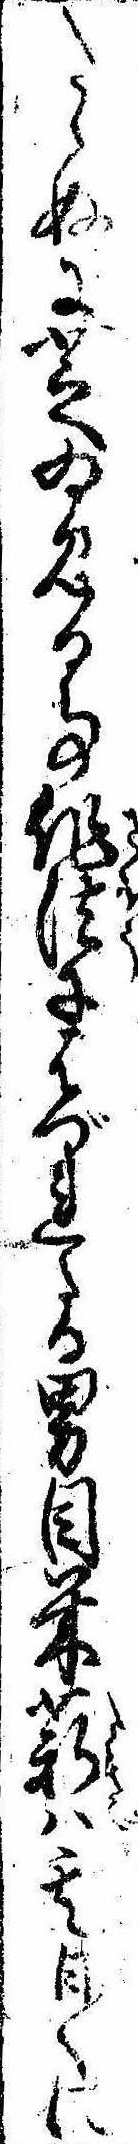
たゝぬに芝ゐ見る事作法にはづれたる男目米薪は其日〱に